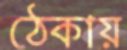
ঠেকায়